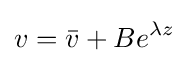
v={\bar {v}}+Be^{\lambda z}